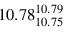
1 0 . 7 8 _ { 1 0 . 7 5 } ^ { 1 0 . 7 9 }